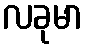
လခုမာ